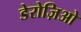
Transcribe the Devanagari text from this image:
डेरोज़िओ